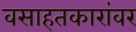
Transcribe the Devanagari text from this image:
वसाहतकारांवर